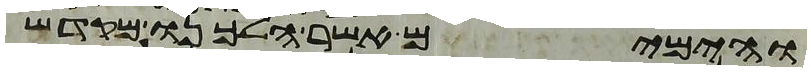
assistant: והימים אשר הלכנו מקדש